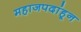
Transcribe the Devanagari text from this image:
महाजपदांहून